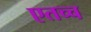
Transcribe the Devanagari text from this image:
एतच्च